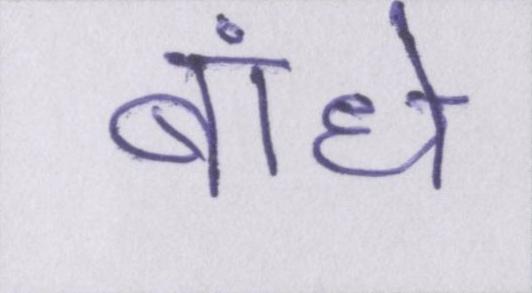
बांधे